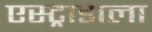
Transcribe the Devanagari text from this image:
एस्ट्राडाला